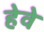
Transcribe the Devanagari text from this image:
हेवे